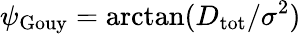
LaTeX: \psi_{\mathrm{Gouy}}=\arctan(D_{\mathrm{tot}}/\sigma^{2})